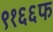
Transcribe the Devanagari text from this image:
९१६६फ